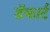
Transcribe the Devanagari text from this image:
डॅकार्ट